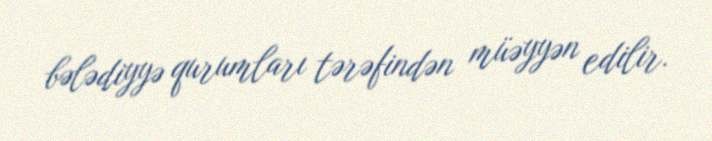
bələdiyyə qurumları tərəfindən müəyyən edilir.